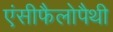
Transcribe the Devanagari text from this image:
एंसीफैलोपैथी